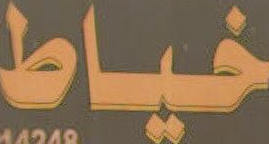
خياط